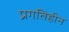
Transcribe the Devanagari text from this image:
प्रगतिहीन